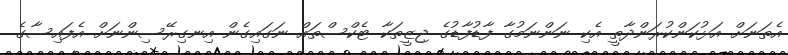
އެތަނަށް އަޅުކަންކުރަންދާތީ އެކި ނަންނަމުގާ ފާޑުފާޑުގެ ޖިޒީތަކާ ޓެކްސްތައް ނަގައިގެން އިނގިރޭސިންނަށް އެފައިސާގެ